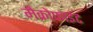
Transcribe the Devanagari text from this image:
मैक्रोफाइट